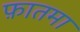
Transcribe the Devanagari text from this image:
फ़ातमा